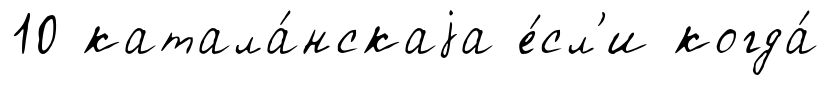
10 катала́нскаjа е́сл'и когда́